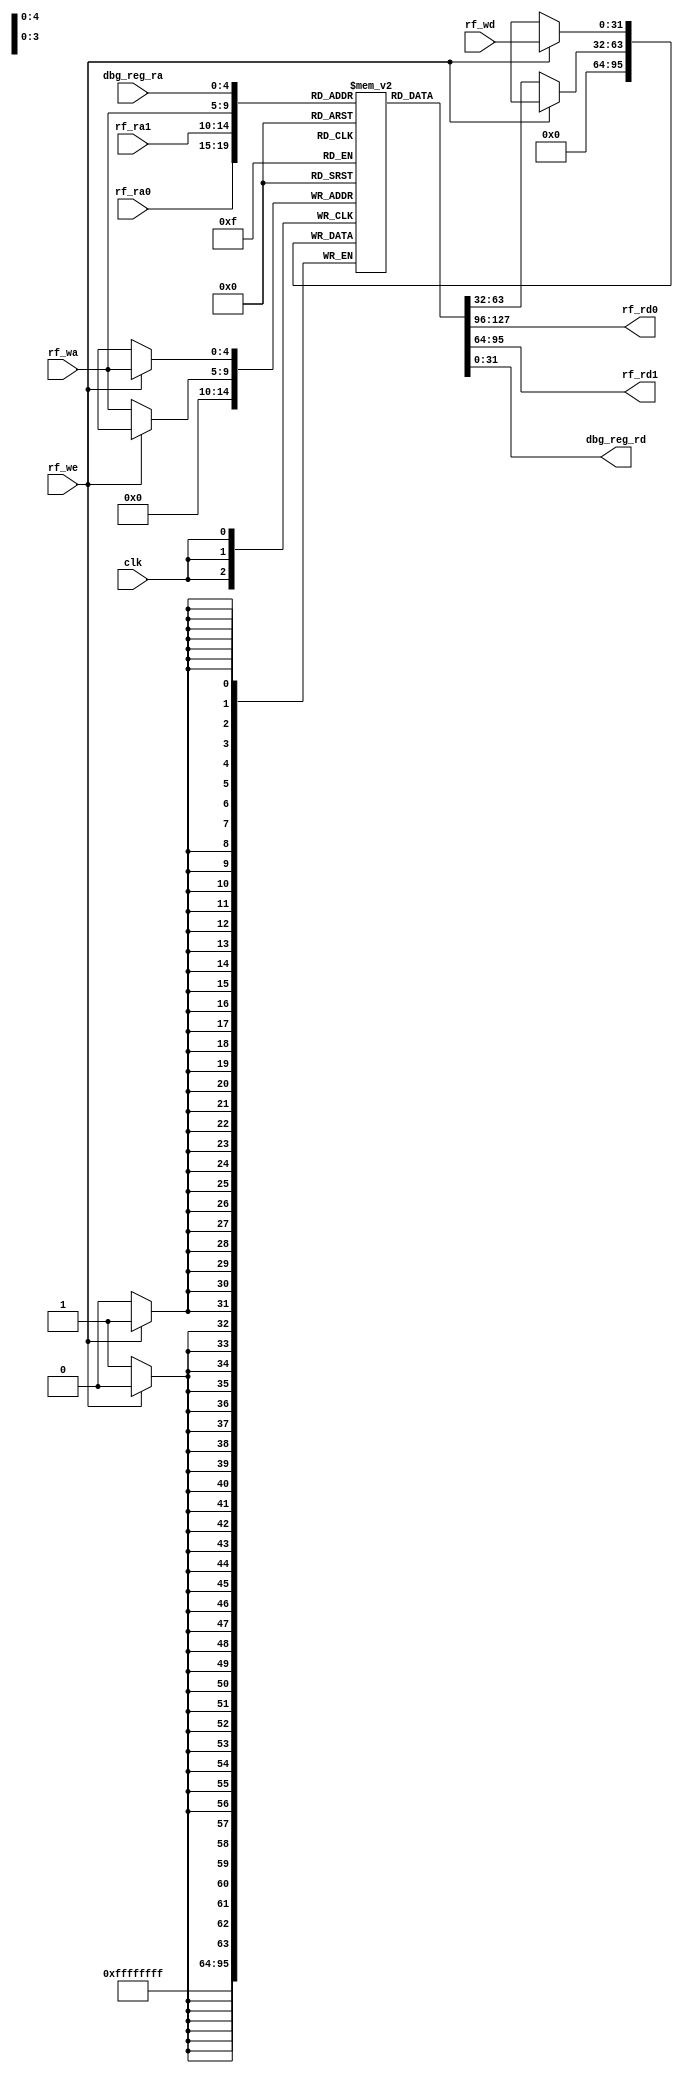
`timescale 1ns / 1ps
//////////////////////////////////////////////////////////////////////////////////
// Company: 
// Engineer: 
// 
// Design Name: 
// Module Name: REG_FILE
// Project Name: 
// Target Devices: 
// Tool Versions: 
// Description: 
// 
// Dependencies: 
// 
// Revision:
// Revision 0.01 - File Created
// Additional Comments:
// 
//////////////////////////////////////////////////////////////////////////////////


module REG_FILE(
    input                   [ 0 : 0]        clk,

    input                   [ 4 : 0]        rf_ra0,
    input                   [ 4 : 0]        rf_ra1,   
    input                   [ 4 : 0]        rf_wa,
    input                   [ 0 : 0]        rf_we,
    input                   [31 : 0]        rf_wd,

    output                  [31 : 0]        rf_rd0,
    output                  [31 : 0]        rf_rd1,

    // debug port
    input                   [ 4 : 0]        dbg_reg_ra,
    output                  [31 : 0]        dbg_reg_rd
    );

    //---init
    reg [31:0] reg_file [31:0];
    integer i;
    initial begin
        for(i=0;i<=31;i=i+1)
            reg_file[i] = 32'b0;
    end
    //---init

    //---read
    // always @(rf_ra0, rf_ra1) begin
    //     rf_rd0 <= reg_file[rf_ra0];
    //     rf_rd1 <= reg_file[rf_ra1];
    // end
    assign rf_rd0 = reg_file[rf_ra0];
    assign rf_rd1 = reg_file[rf_ra1];
    //---read

    //write
    always @(posedge clk) begin
        if(rf_we)
            reg_file[rf_wa] <= rf_wd;
        else
            reg_file[rf_wa] <= reg_file[rf_wa];
        reg_file[0] <= 32'b0;
    end
    //write

    //debug port
    assign dbg_reg_rd = reg_file[dbg_reg_ra];

endmodule